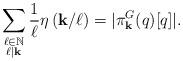
LaTeX: \begin{align*}\sum_{\substack{\ell\in \mathbb{N}\\ \ell | \bold k}} \frac{1}{\ell} \eta\left(\bold k/\ell\right)=|\pi^G_{\bold k}(q)[q]|.\end{align*}